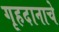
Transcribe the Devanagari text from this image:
गृहदानाचे